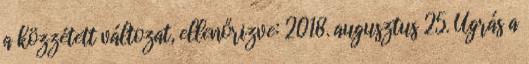
a közzétett változat, ellenőrizve: 2018. augusztus 25. Ugrás a